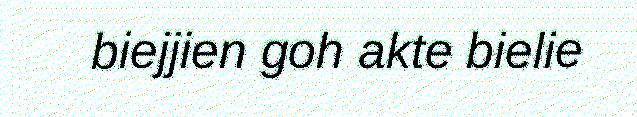
biejjien goh akte bielie